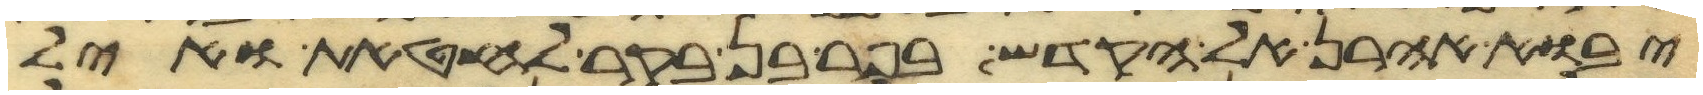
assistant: יבוא אהרן אל הקדש בפר בן בקר לחטאת ואיל